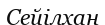
Сейілхан